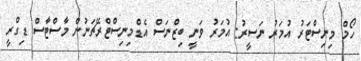
ހޯމް މިނިސްޓަރު އުމަރު ނަސީރު: އުމަރު ވަނީ ބިޒްނަސް އެޑްމިނިސްޓްރޭޗަނުން މާސްޓާސް ޑިގްރީ